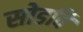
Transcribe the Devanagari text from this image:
सोडवि